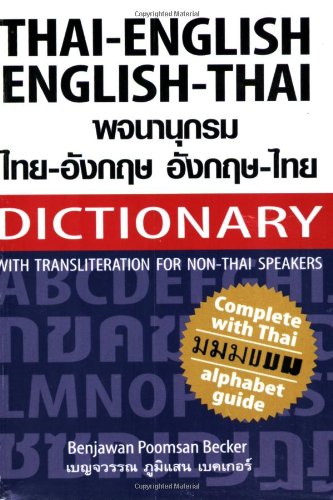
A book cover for Thai-English English-Thai Dictionary for Non-Thai Speakers, Revised Edition (Dictionary); Benjawan Poomsan Becker; Travel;